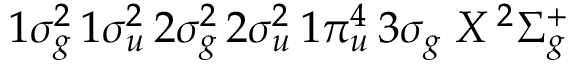
1 \sigma _ { g } ^ { 2 } \, 1 \sigma _ { u } ^ { 2 } \, 2 \sigma _ { g } ^ { 2 } \, 2 \sigma _ { u } ^ { 2 } \, 1 \pi _ { u } ^ { 4 } \, 3 \sigma _ { g } \; X \, ^ { 2 } \Sigma _ { g } ^ { + }